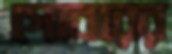
গোবরের